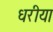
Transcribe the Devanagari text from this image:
धरीया